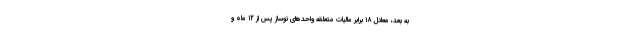
به بعد، معادل ۱۸ برابر مالیات متعلقه واحدهای نوساز پس از ۱۲ ماه و